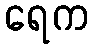
ရေက